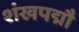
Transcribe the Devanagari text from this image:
शंखपद्मौ